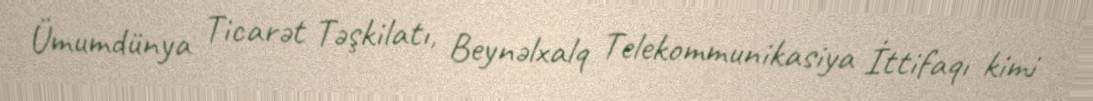
Ümumdünya Ticarət Təşkilatı, Beynəlxalq Telekommunikasiya İttifaqı kimi